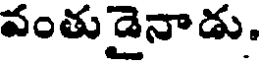
వంతుడైనాడు.